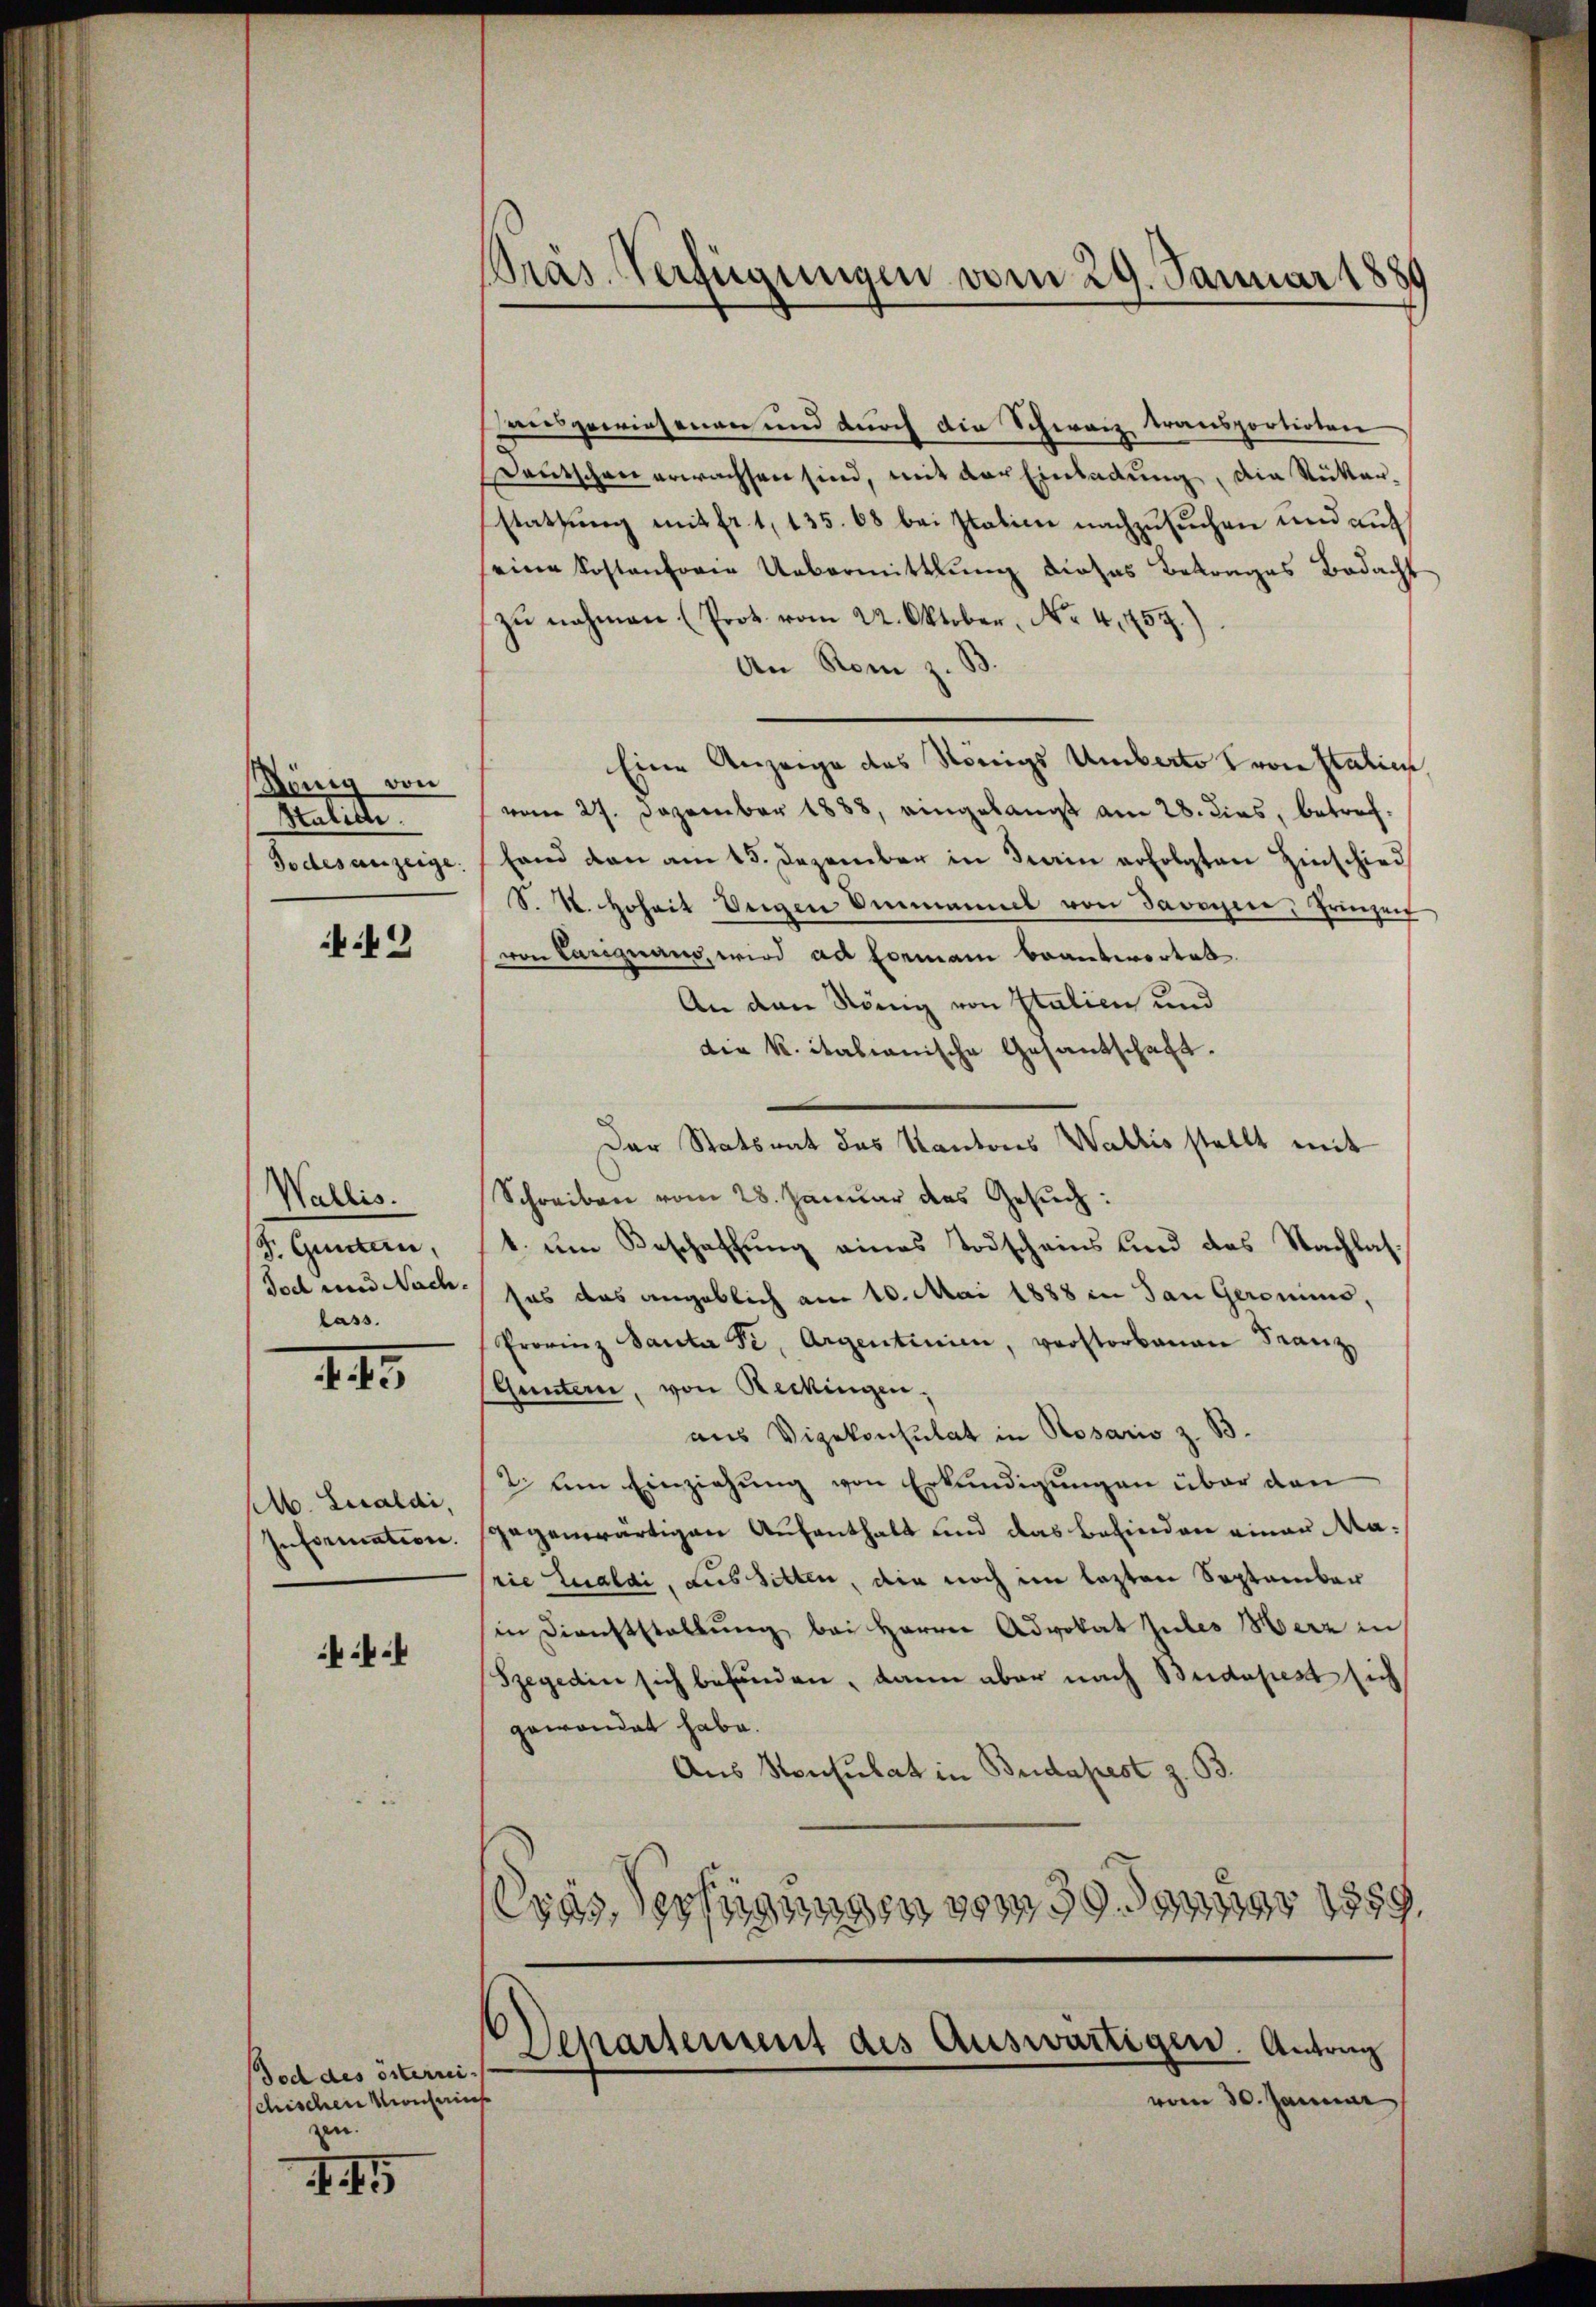
König von
Halidi.
Todes anzeige.

49

Wallis.
J. Guntan,
Tod und Nach
lass.

I

M. Lucaldi,
Information.

4

dod des österrei
schischen Monseines
zen.

I5

Pras. Verfügungen vom 29. Januar 1880

ausgewiesenen und durch die Schwarz transportirten
Deutschen erwachsen sind, mit der Einladung, die Rükerstattung mit fr. 1, 135. 68 bei Italien nachzusuchen und auf
seine Kostentorie Uebermittlung dieses Betrages Bedacht
zŭ nehmen (Prot. vom 22. Oktober, No. 4, 457.)
An Rom z. B
Eine Anzeige des Königs Umberto von Italien
vom 27. Dezember 1888, eingelangt am 28. dies, betreffand den am 15. Dezember in dein erfolgten Hinschied
S. K. Hoheit Degen Ammannel von Savoyier, Prinzeit
von Carignano, wird ad Formani beantwortet.
An den König von Italien und
die K. italianische Gesantschaft.
Der Statsrat des Kantons Wallis stellt mit
Schreiben vom 28. Januar das Gesuch:
1. um Beschaffung eines Todscheins und des Nachlassas das angeblich am 10. Mai 1888 in San Geronimus,
Provinz Santa Fe, Argentinie, verstorbenau Franz
Guntern, von Reckingen,
aus Vizekonsulat in Rosaris z. B.
2. Am Einziehung von Erkundigungen über dan
gegenwärtigen Aufenthalt und das befinden einen Marie Zualdi, aus Sitten, die noch im lezten September
in Dienststellung bei Herren Advokat zules Herz in
Szegedin sich befunden, dann aber nach Budapest sich
gewordet habe.
Aus Konsulat in Budapest z. B.
Oras Verfügungen vom 29. Januar 1859.

Separtement des Auswärtigen. Antong

vom 30. Januar